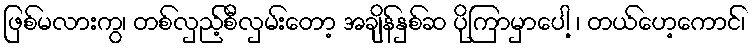
ဖြစ်မလားကွ၊ တစ်လှည့်စီလှမ်းတော့ အချိန်နှစ်ဆ ပိုကြာမှာပေါ့ ၊ တယ်ဟေ့ကောင်၊